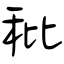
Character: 秕